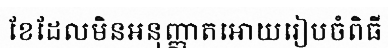
ខែដែលមិនអនុញ្ញាតអោយរៀបចំពិធី